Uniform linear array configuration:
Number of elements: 16
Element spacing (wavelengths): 0.75
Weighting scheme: kaiser
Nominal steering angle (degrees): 15
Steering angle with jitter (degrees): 13.351
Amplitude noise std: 0.05
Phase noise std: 0.05

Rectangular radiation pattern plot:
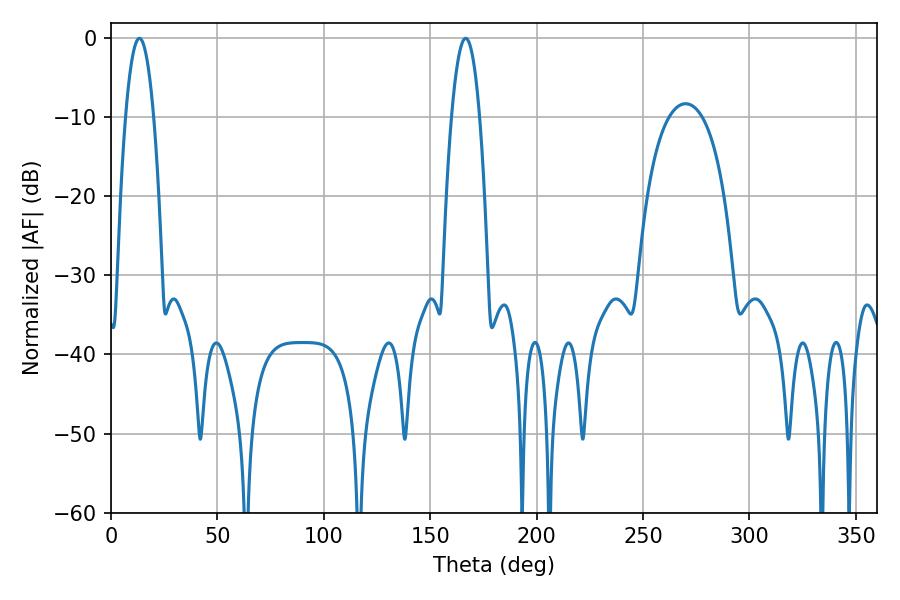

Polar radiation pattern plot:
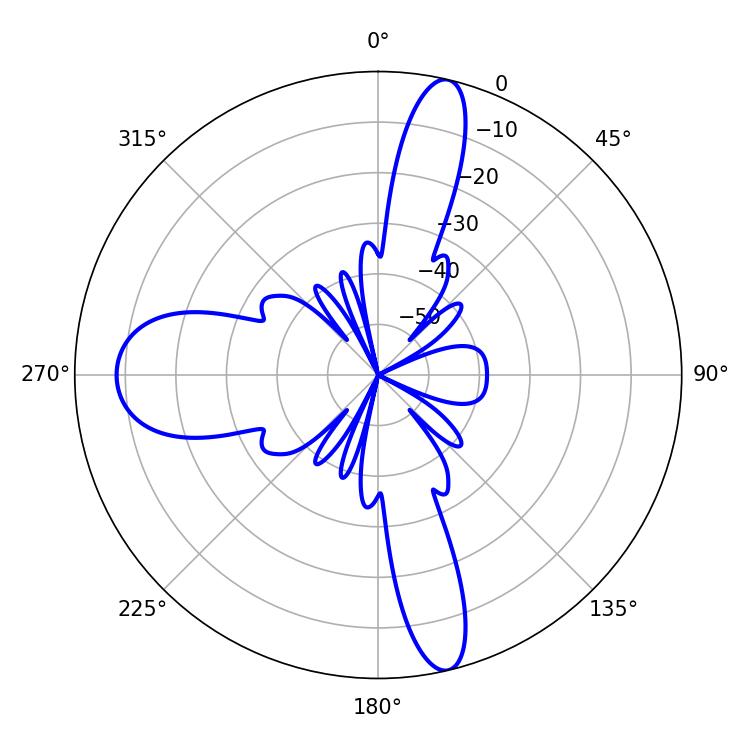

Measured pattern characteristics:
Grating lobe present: TRUE
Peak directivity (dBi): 23.14
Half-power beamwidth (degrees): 7.2
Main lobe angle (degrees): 13.32